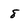
Character: 8